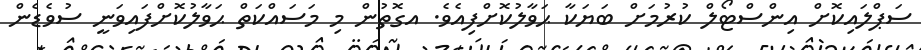
ސަޕްލައިކޮށް އިންސްޓޯލް ކުރުމަށް ބަޔަކާ ޙަވާލުކޮށްފިއެވެ. އގޮތުން މި މަސައްކަތް ޙަވާލުކޮށްފައިވަނީ ސުވެޑެން